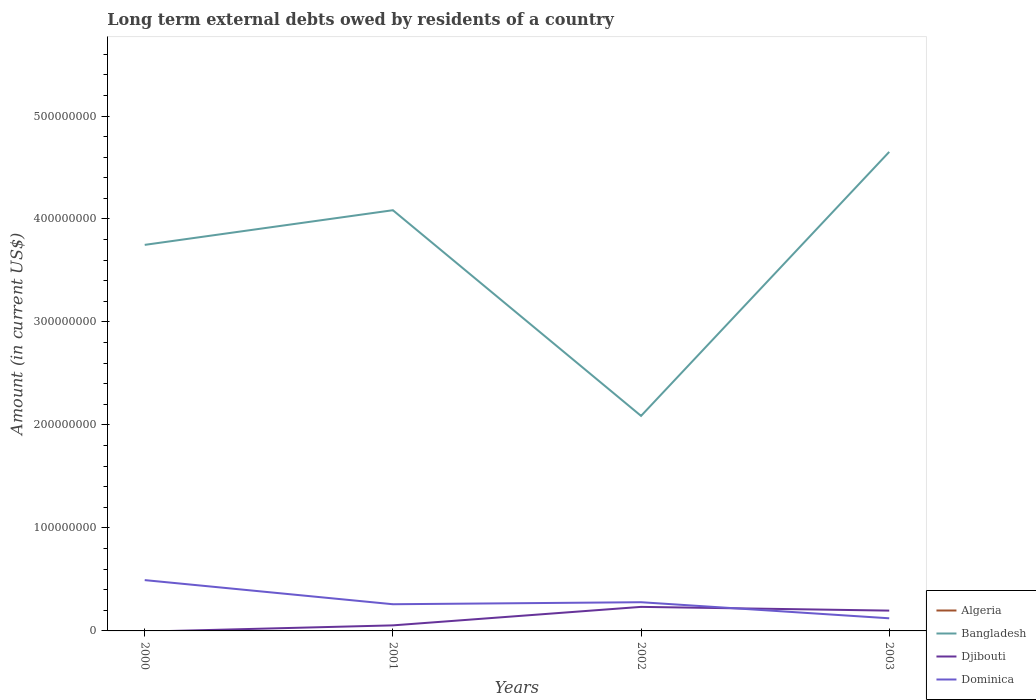
| Years | Algeria | Bangladesh | Djibouti | Dominica |
 | --- | --- | --- | --- | --- |
 | 2000 | -1.5e+09 | 3.75e+08 | -6.82e+05 | 4.93e+07 |
 | 2001 | -1.77e+09 | 4.09e+08 | 5.39e+06 | 2.59e+07 |
 | 2002 | -1.05e+09 | 2.09e+08 | 2.33e+07 | 2.79e+07 |
 | 2003 | -8.46e+08 | 4.65e+08 | 1.97e+07 | 1.23e+07 |